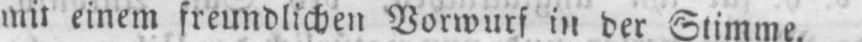
mit einem freundlichen Vorwurf in der Stimme.